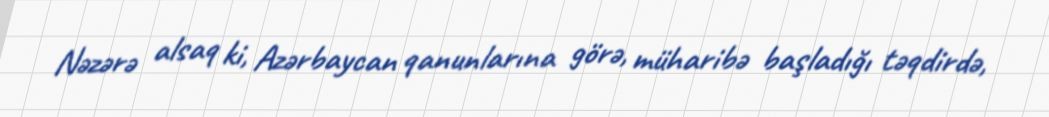
Nəzərə alsaq ki, Azərbaycan qanunlarına görə, müharibə başladığı təqdirdə,